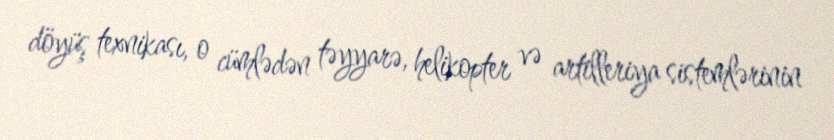
döyüş texnikası, o cümlədən təyyarə, helikopter və artilleriya sistemlərinin